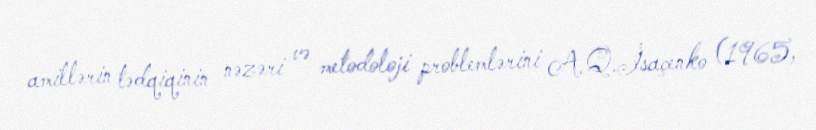
amillərin tədqiqinin nəzəri və metodoloji problemlərini A.Q.İsaçenko (1965,